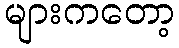
များကတော့